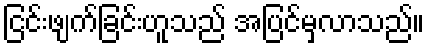
ငြင်းဖျက်ခြင်းဟူသည် အပြင်မှလာသည်။